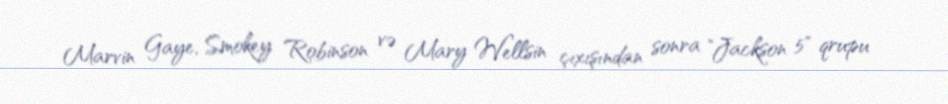
Marvin Gaye, Smokey Robinson və Mary Wellsin çıxışından sonra "Jackson 5" qrupu